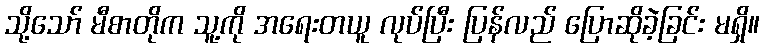
သို့သော် မီစာတိုက သူ့ကို အရေးတယူ လုပ်ပြီး ပြန်လည် ပြောဆိုခဲ့ခြင်း မရှိ။